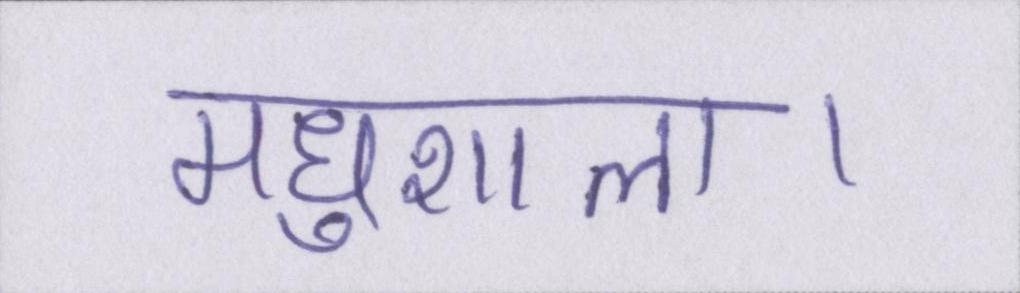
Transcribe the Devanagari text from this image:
मधुशाला।